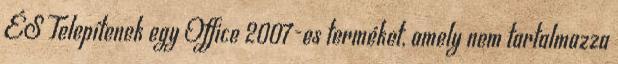
ÉS Telepítenek egy Office 2007-es terméket, amely nem tartalmazza